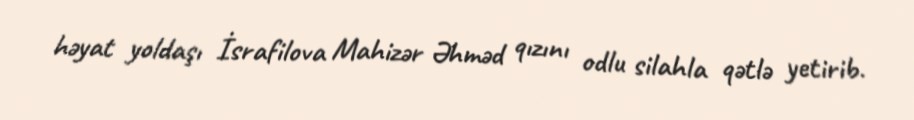
həyat yoldaşı İsrafilova Mahizər Əhməd qızını odlu silahla qətlə yetirib.